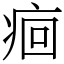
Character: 痐